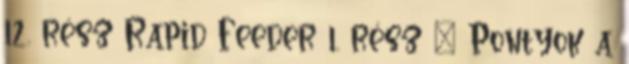
12. rész Rapid Feeder 1. rész – Pontyok a